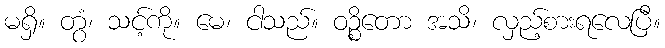
မရှိ။ တွံ၊ သင့်ကို။ မေ၊ ငါသည်။ ဝဉ္စိတော အသိ၊ လှည့်စားရလေပြီ။